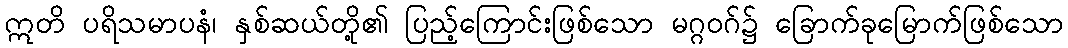
ဣတိ ပရိသမာပနံ၊ နှစ်ဆယ်တို့၏ ပြည့်ကြောင်းဖြစ်သော မဂ္ဂဝဂ်၌ ခြောက်ခုမြောက်ဖြစ်သော